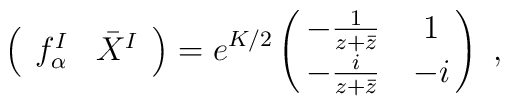
\left( \begin{array}{cc} f_\alpha^I&\bar X^I \end{array}\right)=e^{K/2}\pmatrix{-\frac{1}{z+\bar z}&1\cr -\frac{i}{z+\bar z}&-i}\ ,